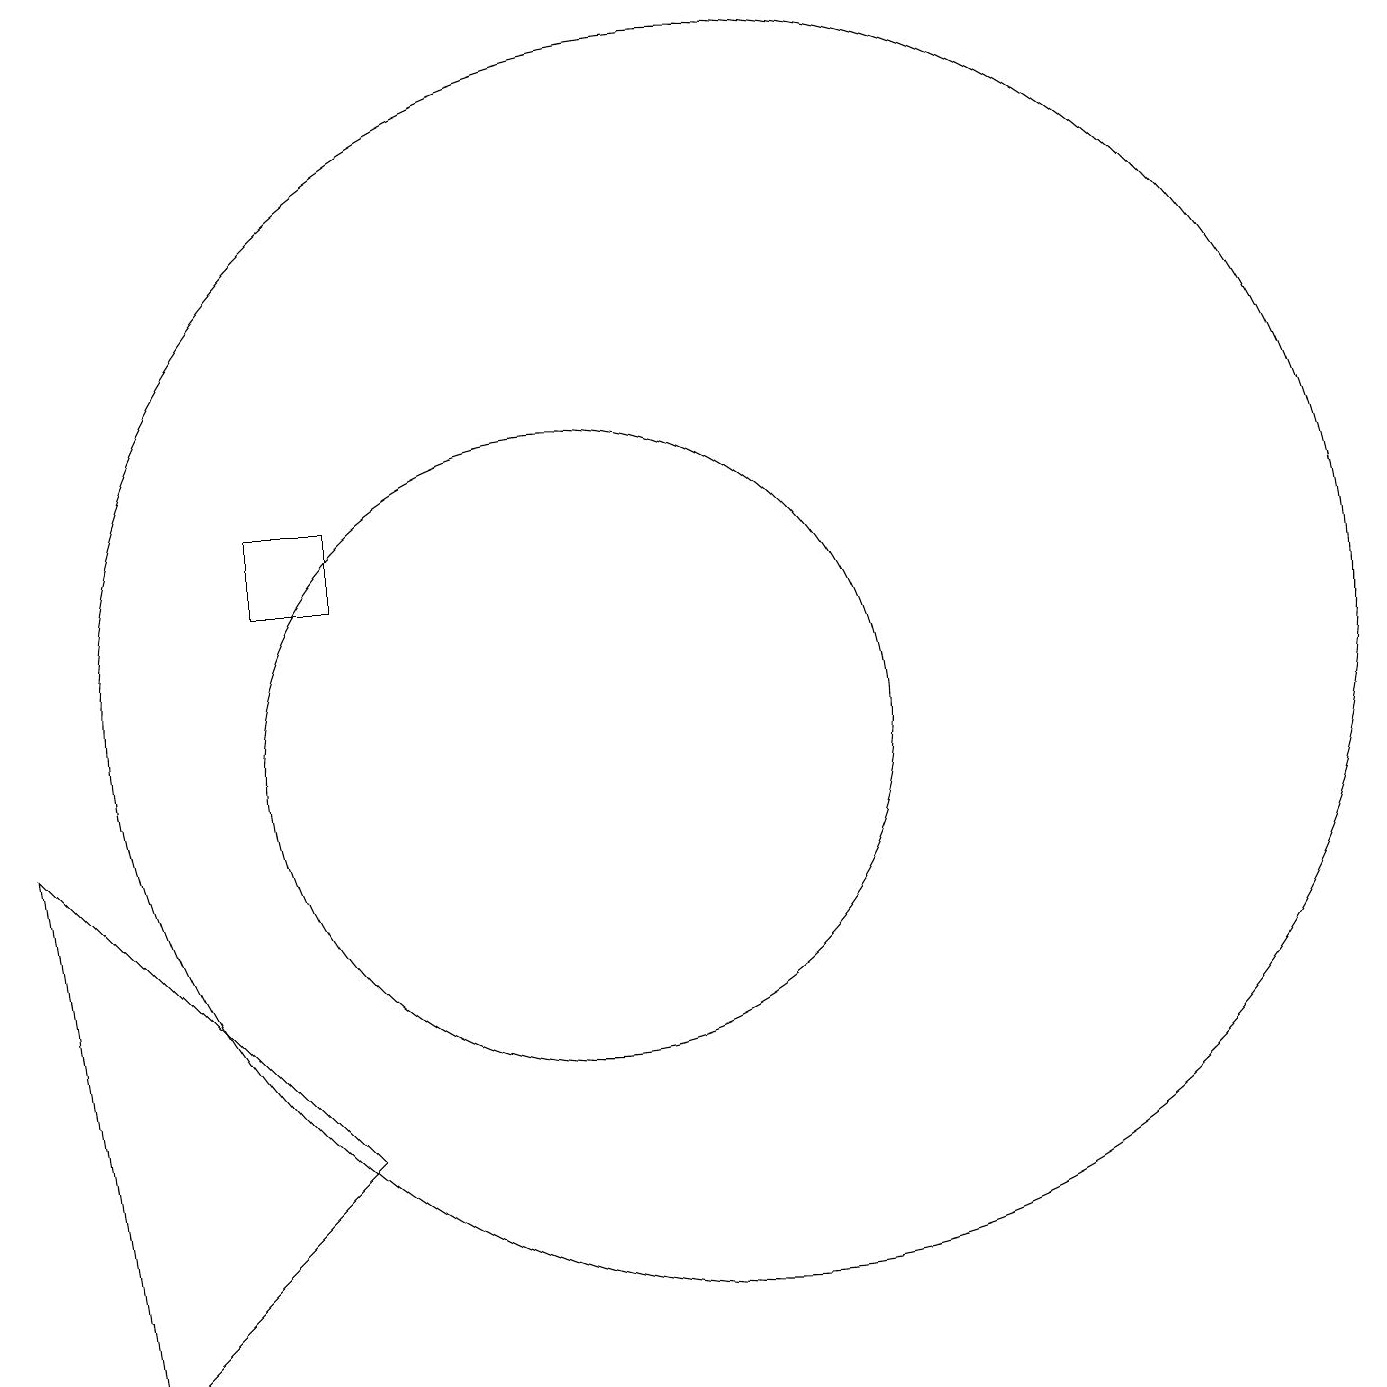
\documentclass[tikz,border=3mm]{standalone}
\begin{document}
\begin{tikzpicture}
\draw (7,5) -- (4,2) -- (3,9) -- cycle;
\draw (12,11) circle (8);
\draw (10,10) circle (4);
\draw (6,13) rectangle (7,12);
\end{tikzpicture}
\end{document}